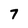
Character: 7